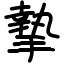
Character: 摯